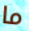
ما